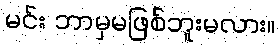
မင်း ဘာမှမဖြစ်ဘူးမလား။